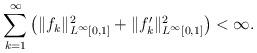
LaTeX: \begin{align*}\sum_{k=1}^\infty \left(\|f_k\|_{L^\infty[0,1]}^2 + \|f'_k\|_{L^\infty[0,1]}^2 \right)<\infty.\end{align*}